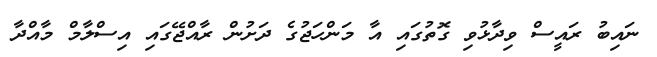
ނައިބު ރައީސް ވިދާޅުވި ގޮތުގައި އާ މަންހަޖުގެ ދަށުން ރާއްޖޭގައި އިސްލާމް މާއްދާ